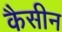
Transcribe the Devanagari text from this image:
कैसीन